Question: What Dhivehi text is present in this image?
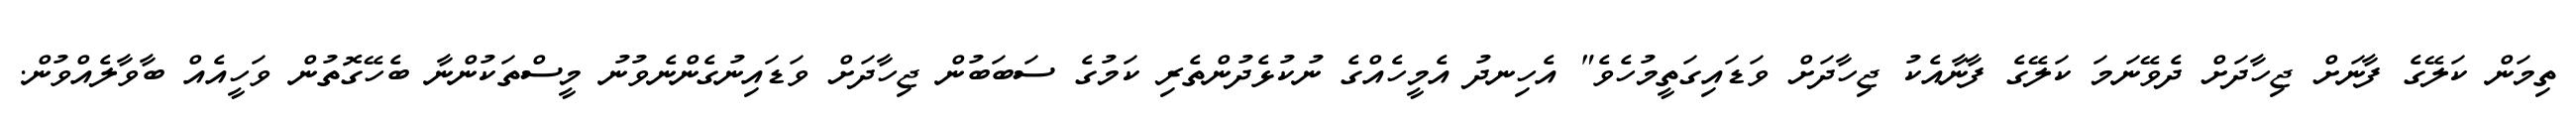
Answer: ތިމަން ކަލޭގެ ފާނަށް ޖިހާދަށް ދެވޭނަމަ ކަލޭގެ ފާނާއެކު ޖިހާދަށް ވަޑައިގަތީމުހެވެ" އެހިނދު އެމީހެއްގެ ނުކުޅެދުންތެރި ކަމުގެ ސަބަބުން ޖިހާދަށް ވަޑައިނުގެންނެވުނު މީސްތަކުންނާ ބެހޭގޮތުން ވަހީއެއް ބާވާލެއްވުން.